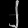
Digit: ၂